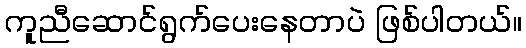
ကူညီဆောင်ရွက်ပေးနေတာပဲ ဖြစ်ပါတယ်။